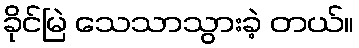
ခိုင်မြဲ သေသာသွားခဲ့ တယ်။